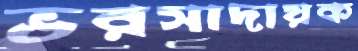
ভরসাদায়ক